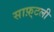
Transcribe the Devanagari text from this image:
साफ़्टली